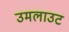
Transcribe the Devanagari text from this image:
उमलाउट